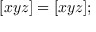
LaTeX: [ x y z ] = [ x y z ] ;